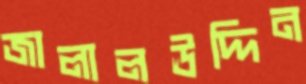
জালালঊদ্দিন